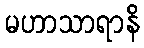
မဟာသာရာနိ